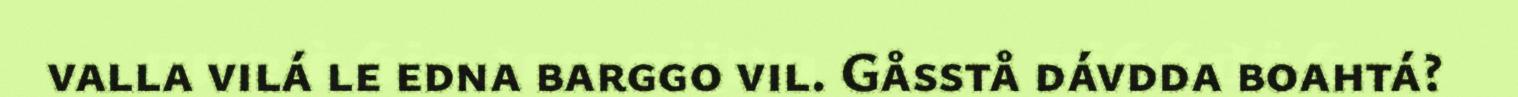
valla vilá le edna barggo vil. Gåsstå dávdda boahtá?